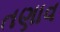
તણાવ